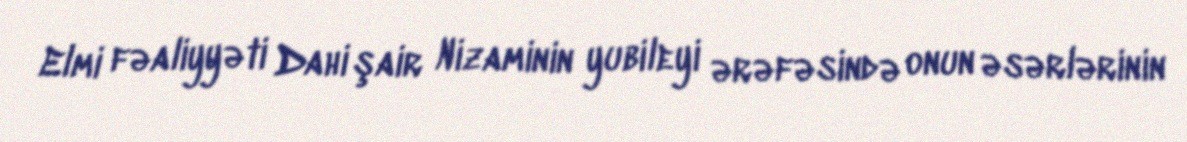
Elmi fəaliyyəti Dahi şair Nizaminin yubileyi ərəfəsində onun əsərlərinin